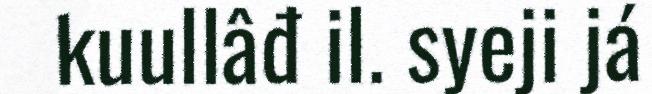
kuullâđ il. syeji já